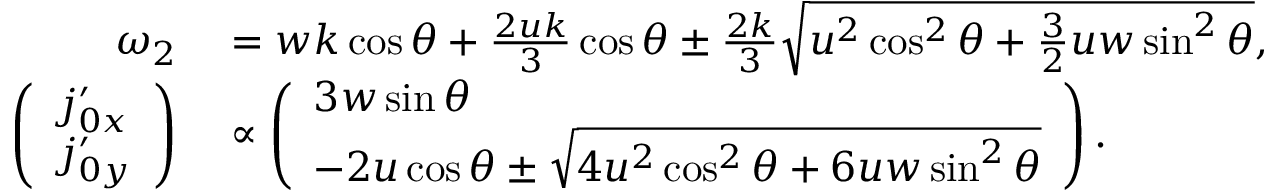
\begin{array} { r l } { \omega _ { 2 } } & { { } = w k \cos \theta + \frac { 2 u k } { 3 } \cos \theta \pm \frac { 2 k } { 3 } \sqrt { u ^ { 2 } \cos ^ { 2 } \theta + \frac { 3 } { 2 } u w \sin ^ { 2 } \theta } , } \\ { \left( \begin{array} { l } { \ensuremath { j _ { 0 x } ^ { \prime } } } \\ { \ensuremath { j _ { 0 y } ^ { \prime } } } \end{array} \right) } & { { } \propto \left( \begin{array} { l } { 3 w \sin \theta } \\ { - 2 u \cos \theta \pm \sqrt { 4 u ^ { 2 } \cos ^ { 2 } \theta + 6 u w \sin ^ { 2 } \theta } } \end{array} \right) . } \end{array}